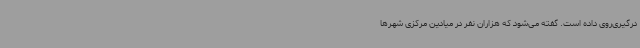
درگیری‌روی داده است. گفته می‌شود که هزاران نفر در میادین مرکزی شهرها